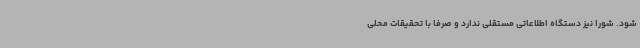
شود. شورا نیز دستگاه اطلاعاتی مستقلی ندارد و صرفاً با تحقیقات محلی